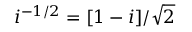
i ^ { - 1 / 2 } = [ 1 - i ] / \sqrt { 2 }